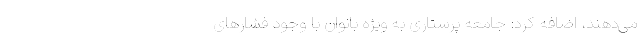
می‌دهند، اضافه کرد: جامعه پرستاری به ویژه بانوان با وجود فشار‌های